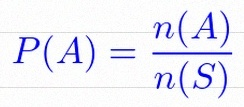
P(A)=\frac{n(A)}{n(S)}